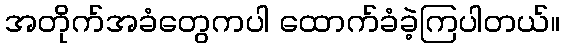
အတိုက်အခံတွေကပါ ထောက်ခံခဲ့ကြပါတယ်။